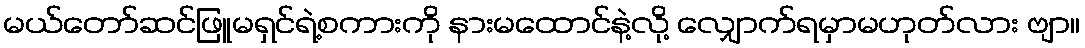
မယ်တော်ဆင်ဖြူမရှင်ရဲ့စကားကို နားမထောင်နဲ့လို့ လျှောက်ရမှာမဟုတ်လား ဗျာ။